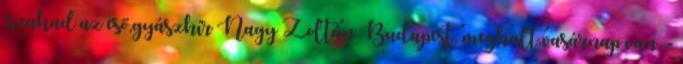
,szakad az eső,gyászhír Nagy Zoltán Budapest, meghalt,vasárnap van, -